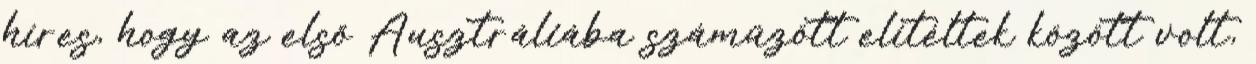
híres, hogy az első Ausztráliába száműzött elítéltek között volt,